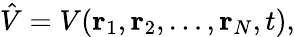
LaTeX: {\hat{V}}=V(\mathbf{r}_{1},\mathbf{r}_{2},\ldots,\mathbf{r}_{N},t),